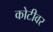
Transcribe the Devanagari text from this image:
कोटीवर